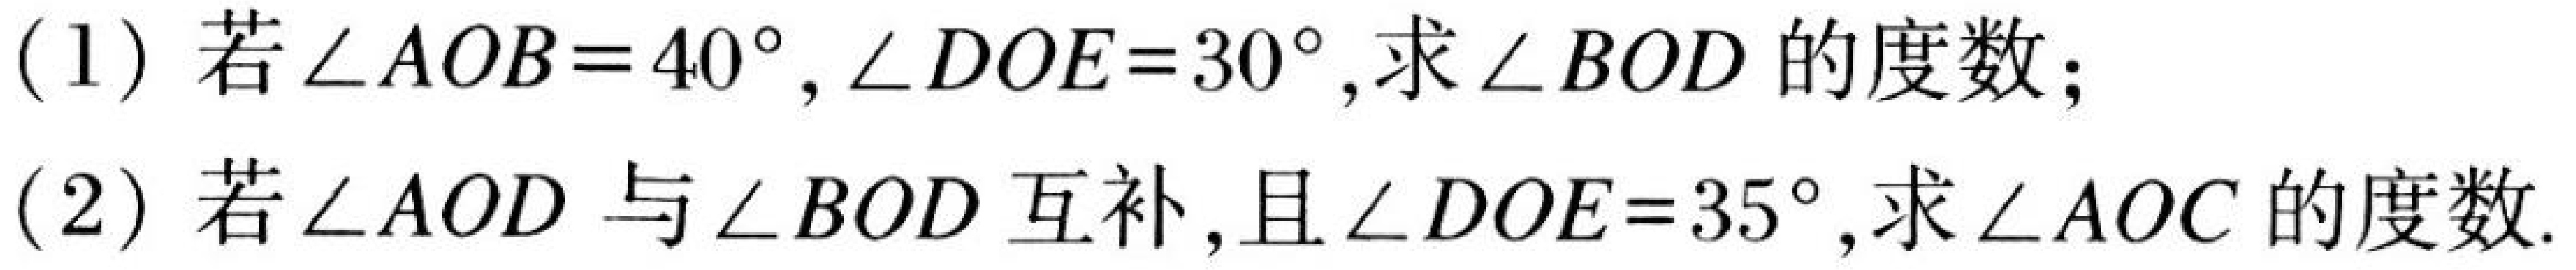
(1) 若\(\angle AOB = 40^{\circ},\angle DOE = 30^{\circ}\),求\(\angle BOD\)的度数;
(2) 若\(\angle AOD\)与\(\angle BOD\)互补,且\(\angle DOE = 35^{\circ}\),求\(\angle AOC\)的度数.